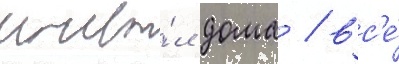
ночева́л дома / вс'е́